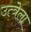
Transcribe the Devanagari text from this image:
उत्त्रेला